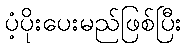
ပံ့ပိုးပေးမည်ဖြစ်ပြီး